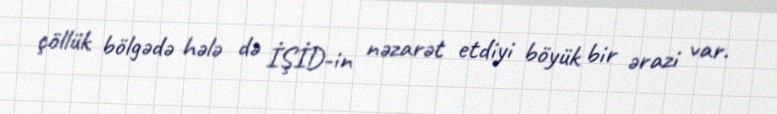
çöllük bölgədə hələ də İŞİD-in nəzarət etdiyi böyük bir ərazi var.